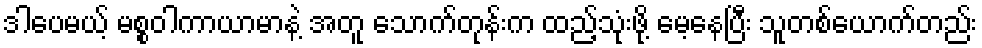
ဒါပေမယ့် မစ္စဝါကာယာမာနဲ့ အတူ သောက်တုန်းက ထည့်သုံးဖို့ မေ့နေပြီး သူတစ်ယောက်တည်း